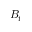
B _ { t }